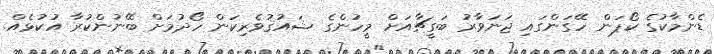
ޑެންމާކުގެ ކޯޕަން ހޭގަންގައި ޖަނަވާރު ބަގީޗާއަށް މީހުންގެ ޝައުޤުވެރިކަން ހޯދުމަށް ބޭނުންކުރާ އުކުޅެއް.